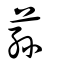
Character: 蓀